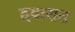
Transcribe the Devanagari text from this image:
दवारात